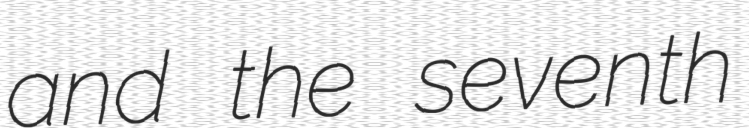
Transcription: and the seventh